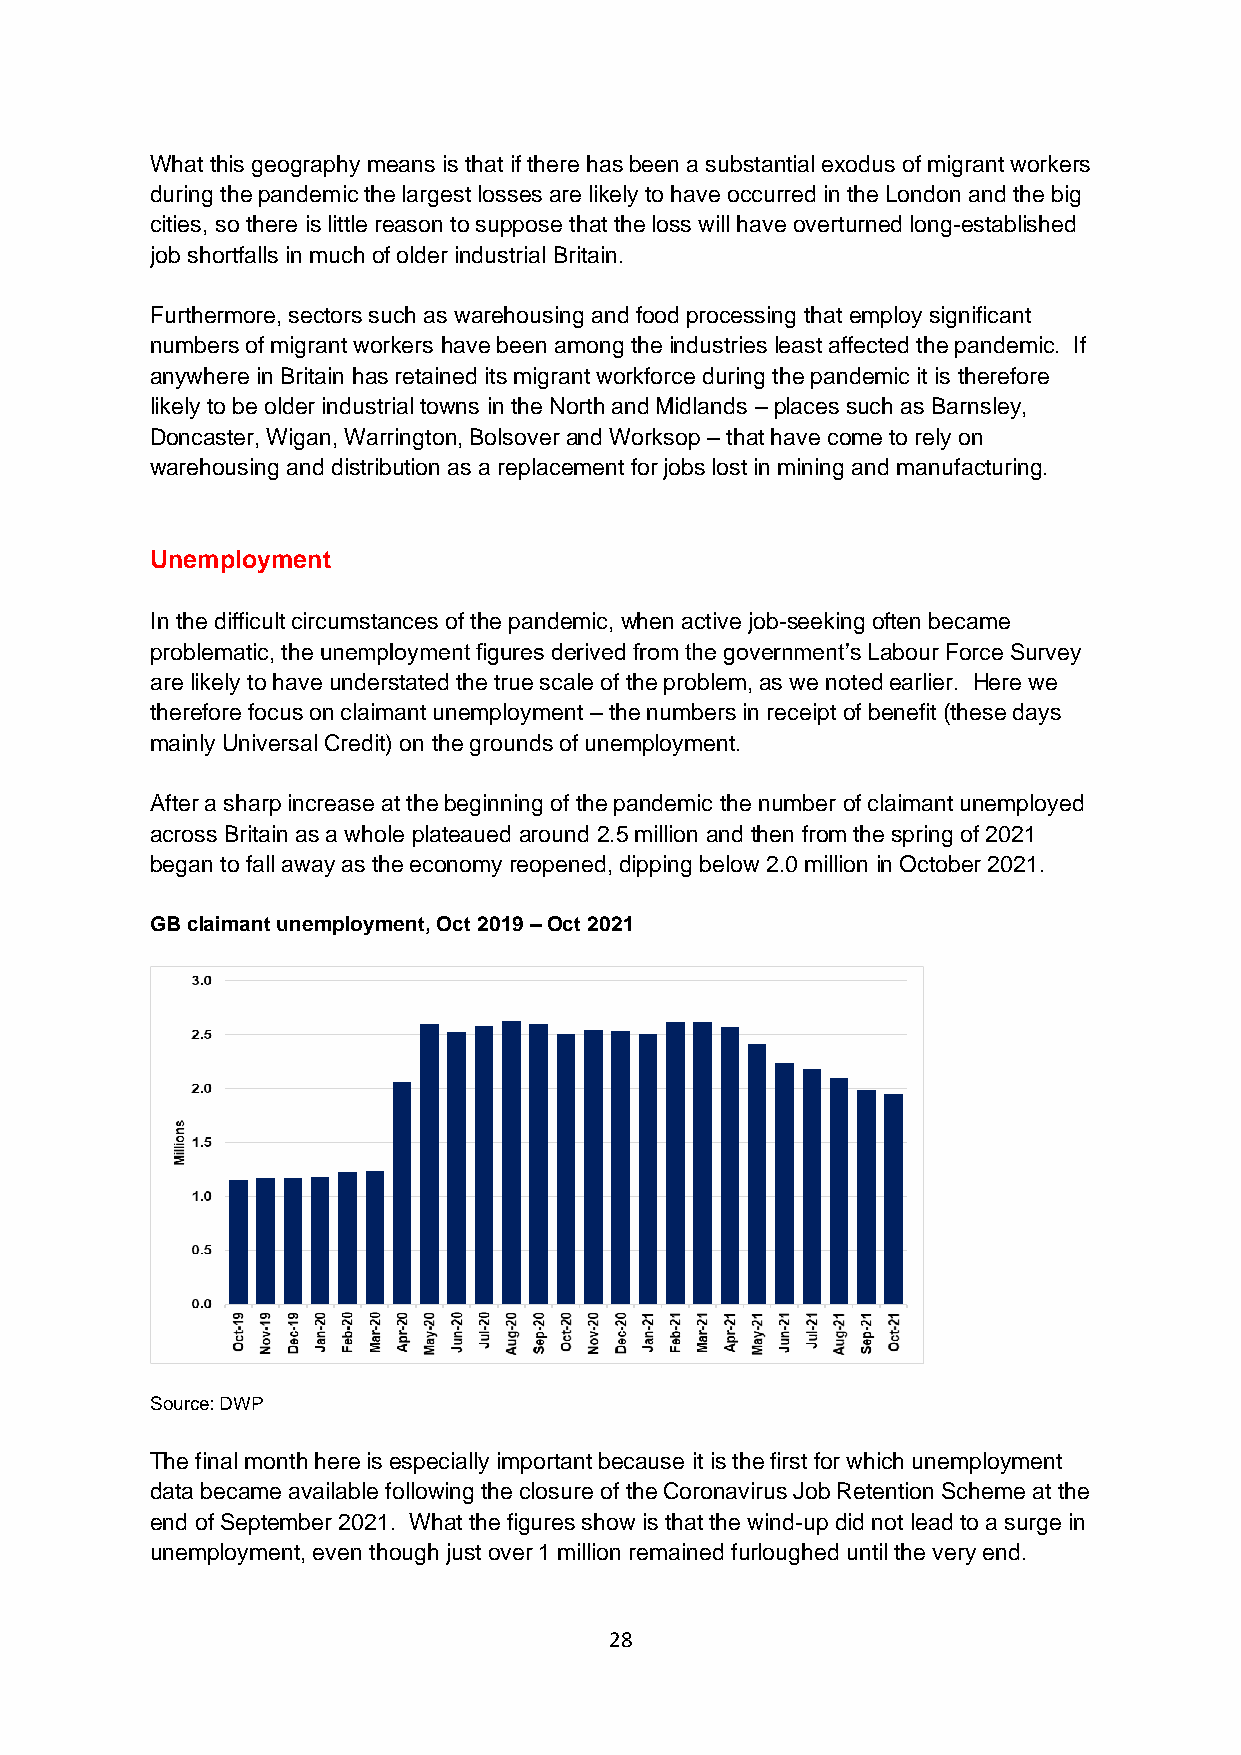
What this geography means is that if there has been a substantial exodus of migrant workers
 during the pandemic the largest losses are likely to have occurred in the London and the big
 cities, so there is little reason to suppose that the loss will have overturned long-established
 job shortfalls in much of older industrial Britain.
 Furthermore, sectors such as warehousing and food processing that employ significant
 numbers of migrant workers have been among the industries least affected the pandemic. If
 anywhere in Britain has retained its migrant workforce during the pandemic it is therefore
 likely to be older industrial towns in the North and Midlands – places such as Barnsley,
 Doncaster, Wigan, Warrington, Bolsover and Worksop – that have come to rely on
 warehousing and distribution as a replacement for jobs lost in mining and manufacturing.
 Unemployment
 In the difficult circumstances of the pandemic, when active job-seeking often became
 problematic, the unemployment figures derived from the government’s Labour Force Survey
 are likely to have understated the true scale of the problem, as we noted earlier. Here we
 therefore focus on claimant unemployment – the numbers in receipt of benefit (these days
 mainly Universal Credit) on the grounds of unemployment.
 After a sharp increase at the beginning of the pandemic the number of claimant unemployed
 across Britain as a whole plateaued around 2.5 million and then from the spring of 2021
 began to fall away as the economy reopened, dipping below 2.0 million in October 2021.
 GB claimant unemployment, Oct 2019 – Oct 2021
 Source: DWP
 The final month here is especially important because it is the first for which unemployment
 data became available following the closure of the Coronavirus Job Retention Scheme at the
 end of September 2021. What the figures show is that the wind-up did not lead to a surge in
 unemployment, even though just over 1 million remained furloughed until the very end.
 28